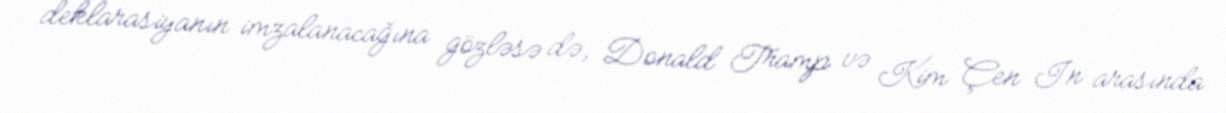
deklarasiyanın imzalanacağına gözləsə də, Donald Tramp və Kim Çen In arasında